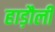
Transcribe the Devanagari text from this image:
हाड़ौली